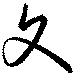
文